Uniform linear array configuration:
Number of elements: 48
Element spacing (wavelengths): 0.25
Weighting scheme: uniform
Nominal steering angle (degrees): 45
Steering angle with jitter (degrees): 43.903
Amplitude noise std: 0.05
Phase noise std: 0.05

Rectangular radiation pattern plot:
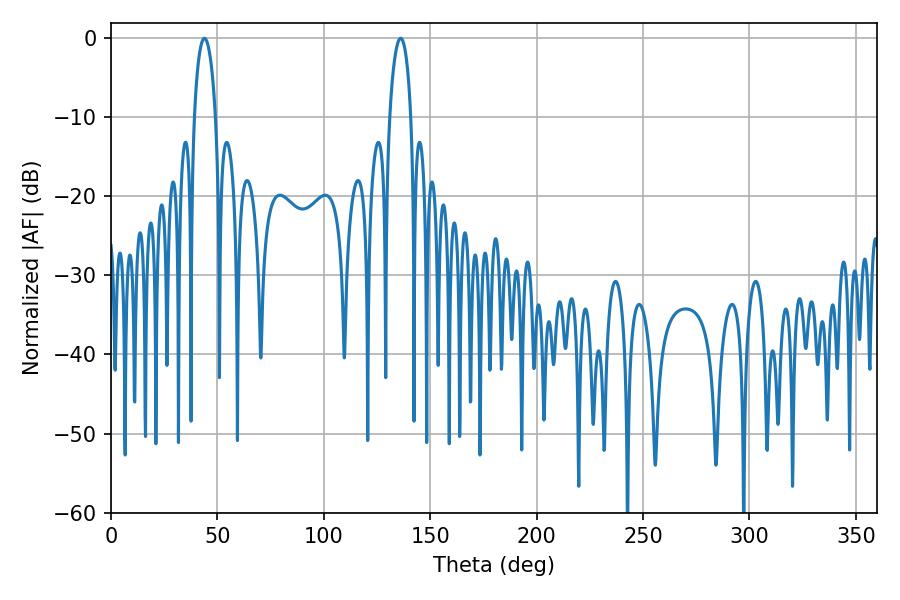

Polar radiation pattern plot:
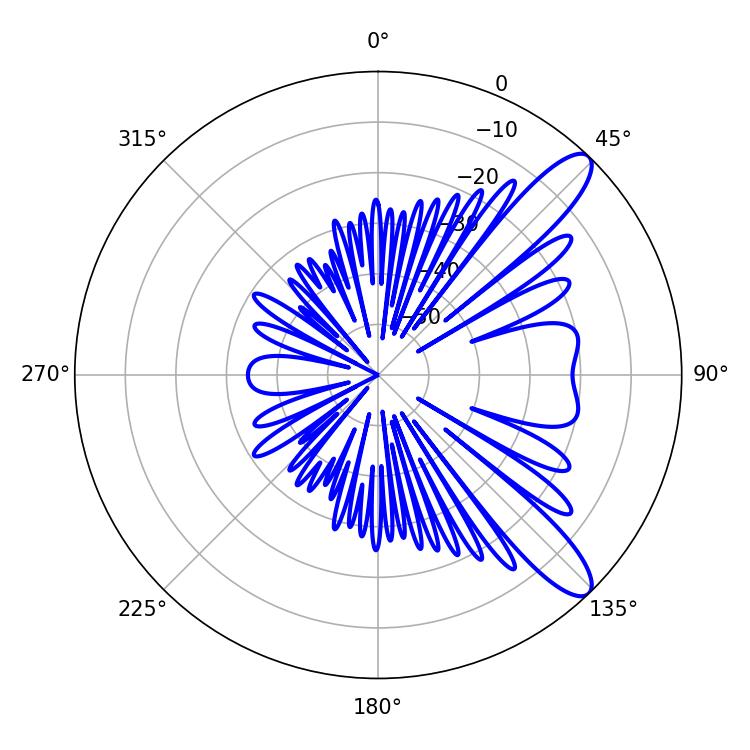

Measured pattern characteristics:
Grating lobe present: FALSE
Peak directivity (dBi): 10.904
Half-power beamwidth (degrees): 5.76
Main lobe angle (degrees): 43.92